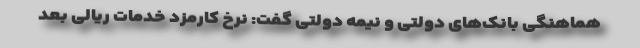
هماهنگی بانک‌های دولتی و نیمه دولتی گفت: نرخ کارمزد خدمات ریالی بعد